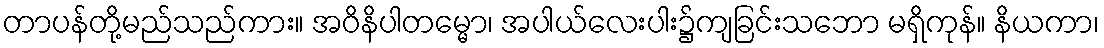
တာပန်တို့မည်သည်ကား။ အဝိနိပါတမ္မော၊ အပါယ်လေးပါး၌ကျခြင်းသဘော မရှိကုန်။ နိယကာ၊